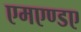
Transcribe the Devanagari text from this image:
एमएण्डए